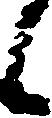
候